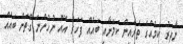
ނާދިރު ކަމެއްގެ ތެރެއިން ކަމަށާއި ބައެއް ފަހަރު އޮއް ނުހުންނަ ގޮތަށް ބައެއް